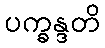
ပက္ခန္ဒတိ